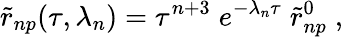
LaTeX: {\widetilde r}_{np}(\tau,\lambda_{n})=\tau^{n+3}\; e^{-\lambda_{n}\tau}\; {\widetilde r}_{np}^{0}\; ,